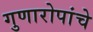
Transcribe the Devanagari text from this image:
गुणारोपांचे